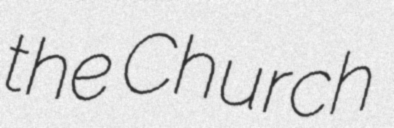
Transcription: the Church